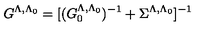
G ^ { \Lambda , \Lambda _ { 0 } } = [ ( G _ { 0 } ^ { \Lambda , \Lambda _ { 0 } } ) ^ { - 1 } + \Sigma ^ { \Lambda , \Lambda _ { 0 } } ] ^ { - 1 }